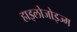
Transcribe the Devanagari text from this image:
हाइलोजोइज्म